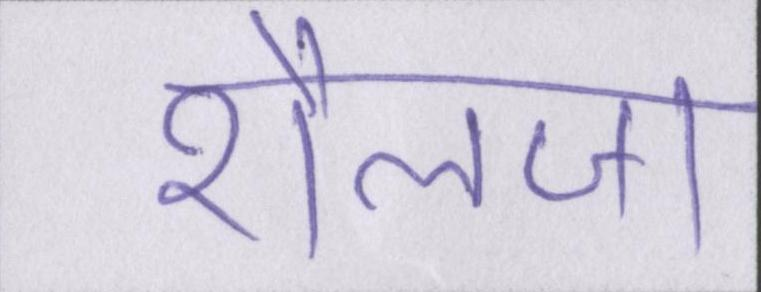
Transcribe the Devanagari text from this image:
शैलजा